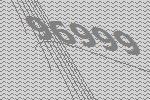
96999